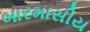
બારમાસીય